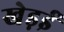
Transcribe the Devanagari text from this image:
खेड़ई